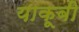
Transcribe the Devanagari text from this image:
याकूबी